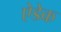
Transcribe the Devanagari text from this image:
ऐडेक